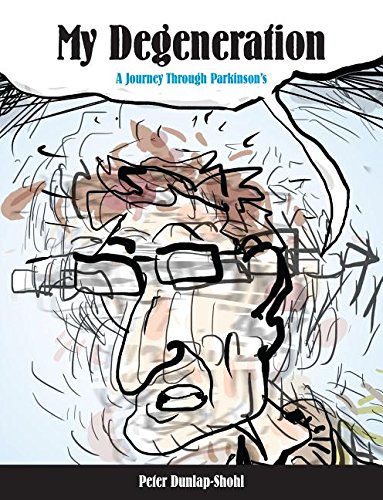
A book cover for My Degeneration: A Journey Through Parkinson's (Graphic Medicine); Peter Dunlap-Shohl; Comics & Graphic Novels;